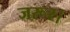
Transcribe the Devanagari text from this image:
जरूर।